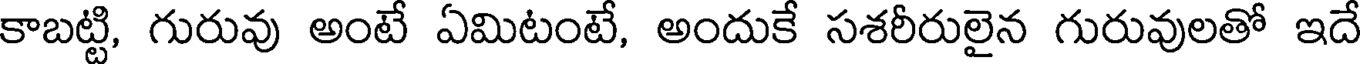
కాబట్టి, గురువు అంటే ఏమిటంటే, అందుకే సశరీరులైన గురువులతో ఇదే